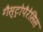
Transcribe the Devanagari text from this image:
गैस्ट्रोपैरेसिस